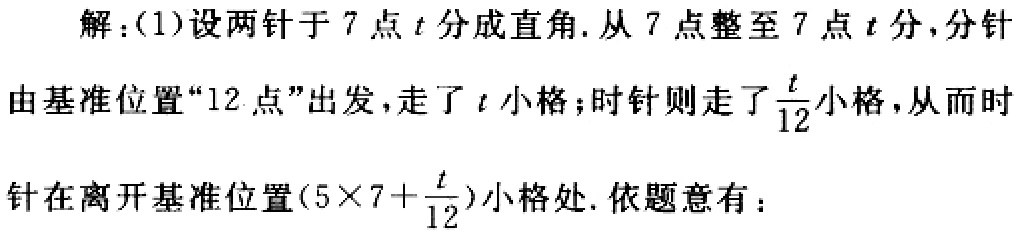
解：(1)设两针于7点\(t\)分成直角. 从7点整至7点\(t\)分，分针由基准位置“12点”出发，走了\(t\)小格；时针则走了\(\frac{t}{12}\)小格，从而时针在离开基准位置\((5\times7 + \frac{t}{12})\)小格处. 依题意有：